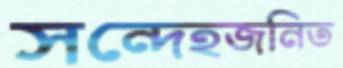
সন্দেহজনিত